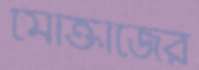
মোক্তাজের